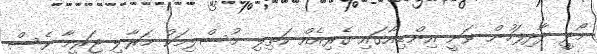
މޯދީ ދާދިފަހުން ވަނީ އިންޑިއާގައި ގެރިއެއް ކަތިލި މުސްލިމަކު މަރާލި ޖަރީމާ ވެސް